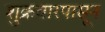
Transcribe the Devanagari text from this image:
शुक्रवारपासून